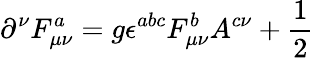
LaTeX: \partial^{\nu}F_{\mu\nu}^{a}=g\epsilon^{abc}F_{\mu\nu}^{b}A^{c\nu}+\frac 12